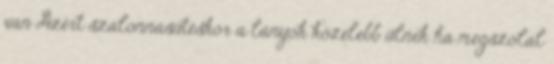
van Azért szalonnasütéskor a lányok közelebb ülnek ha megszólal